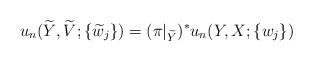
LaTeX: \begin{align*}u_n(\widetilde{Y}, \widetilde{V}; \{\widetilde{w}_j\})=(\pi|_{\widetilde{Y}})^*u_n(Y, X; \{w_j\})\end{align*}